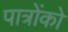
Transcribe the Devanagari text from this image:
पात्रोंको